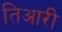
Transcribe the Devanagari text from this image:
तिआरी